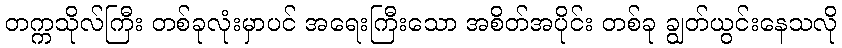
တက္ကသိုလ်ကြီး တစ်ခုလုံးမှာပင် အရေးကြီးသော အစိတ်အပိုင်း တစ်ခု ချွတ်ယွင်းနေသလို